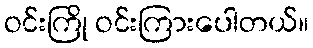
ဝင်းကြို ဝင်းကြားပေါတယ်။